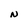
Character: N